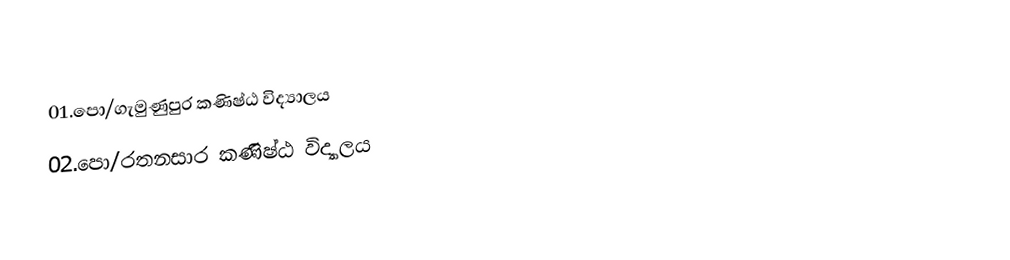
01.පො/ගැමුණුපුර කණිෂ්ඨ විද්‍යාලය
02.පො/රතනසාර කණිෂ්ඨ විද්‍යාලය